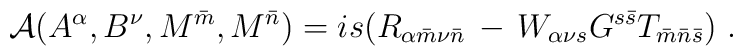
{\cal A}(A^{\alpha}, B^{\nu}, M^{\bar m}, M^{\bar n})=is(R_{\alpha{\bar m}\nu{\bar n}}\,-\,W_{\alpha\nu s}G^{s\bar s}T_{{\bar m}{\bar n}{\bar s}})\ .